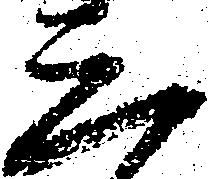
三